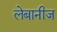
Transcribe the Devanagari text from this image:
लेबानीज